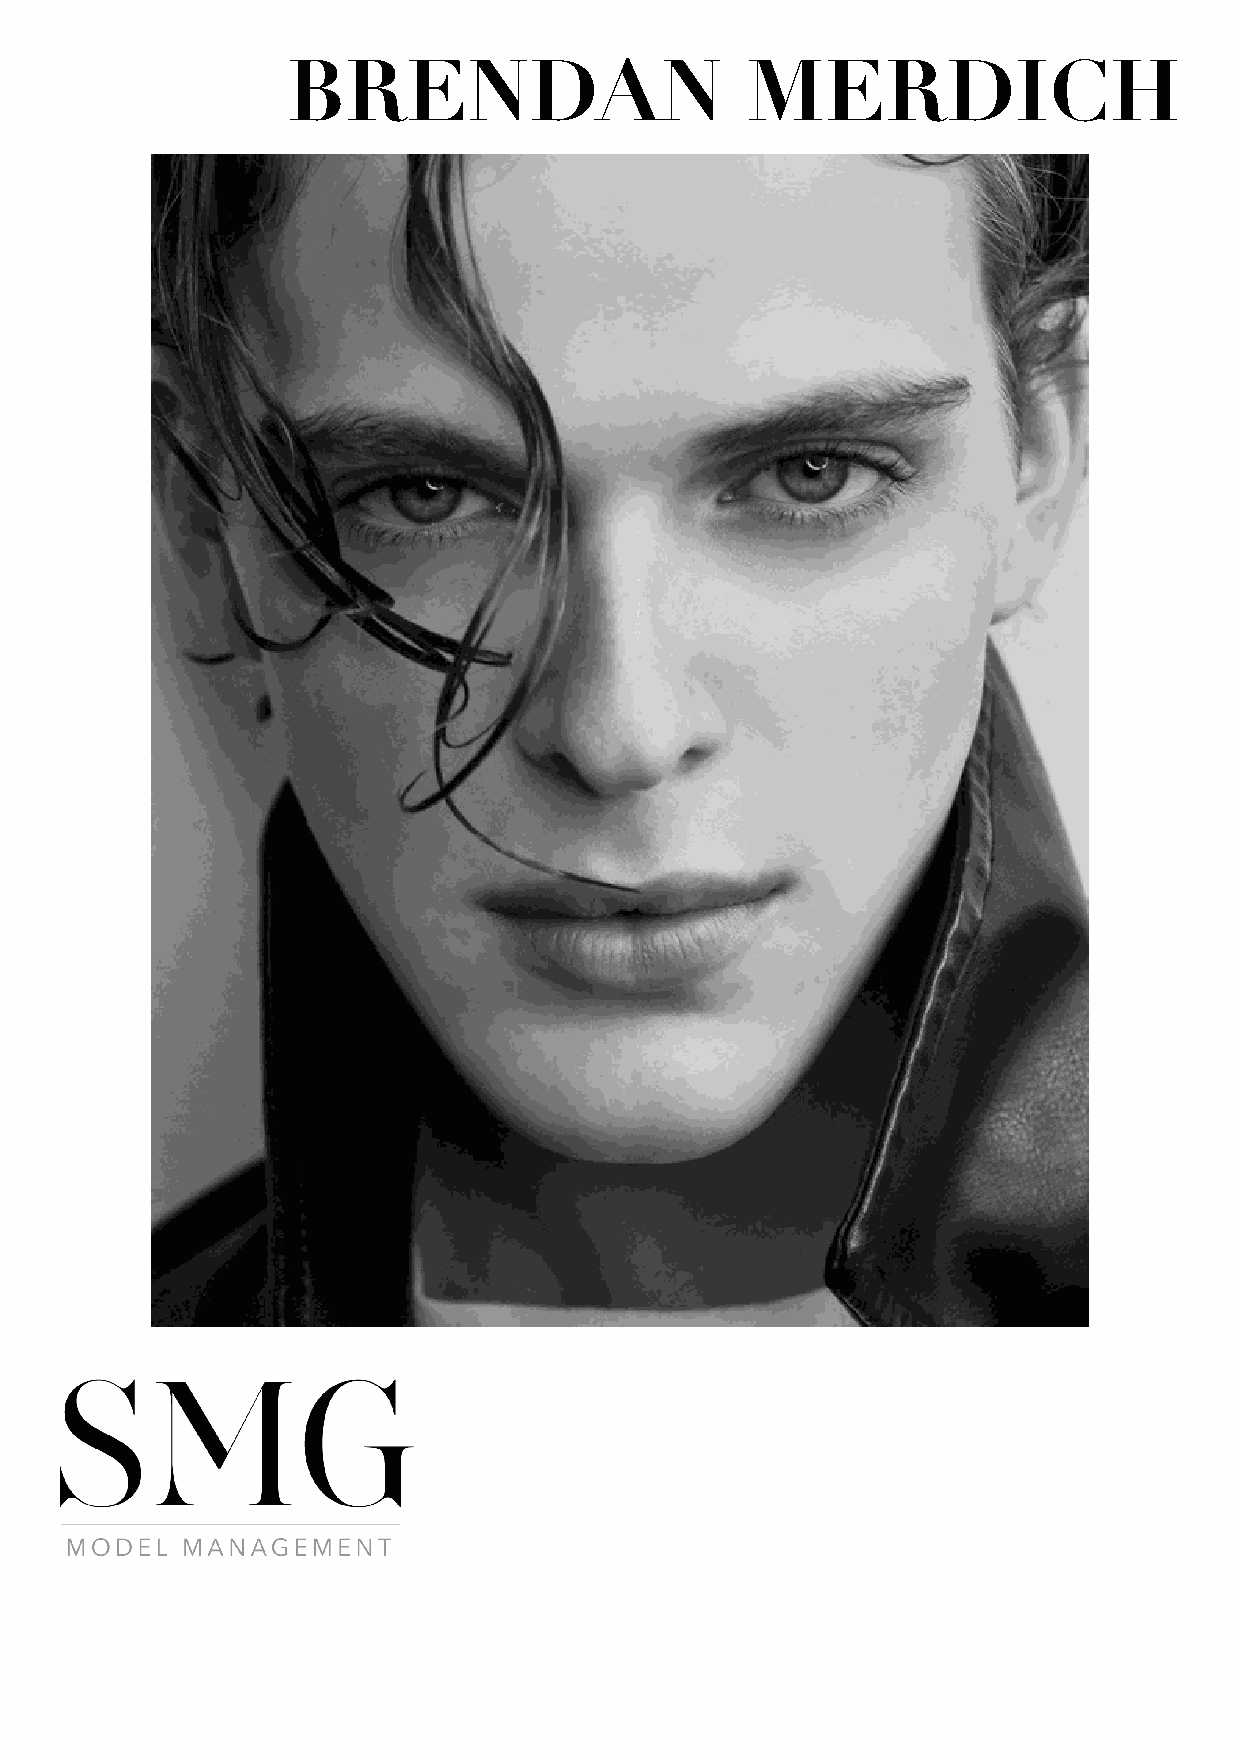
BRENDAN                       MERDICH